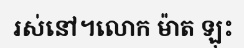
រស់នៅ។លោក ម៉ាត ឡុះ